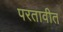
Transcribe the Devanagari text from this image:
परतावीत